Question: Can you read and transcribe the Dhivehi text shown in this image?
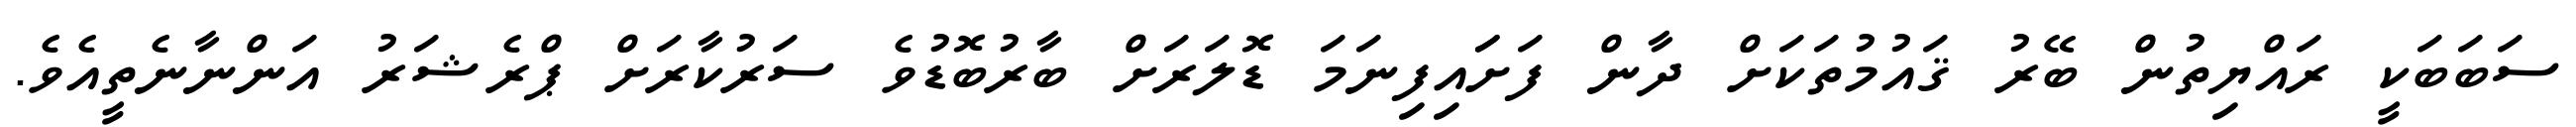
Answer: ސަބަބަކީ ރައްޔިތުން ބޭރު ޤައުމުތަކަށް ދާން ފަށަައިފިނަމަ ޑޮލަރަށް ބާރުބޮޑުވެ ސަރުކާރަށް ޕްރެޝަރު އަންނާނެތީއެވެ.